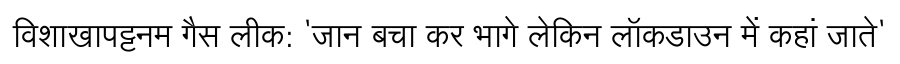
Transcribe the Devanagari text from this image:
विशाखापट्टनम गैस लीक: 'जान बचा कर भागे लेकिन लॉकडाउन में कहां जाते'